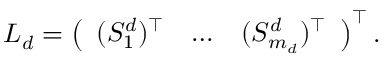
\begin{array} { r } { L _ { d } = \left( \begin{array} { l l l } { ( S _ { 1 } ^ { d } ) ^ { \top } } & { \dots } & { ( S _ { m _ { d } } ^ { d } ) ^ { \top } } \end{array} \right) ^ { \top } . } \end{array}